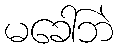
မခေါ်ဘဲ